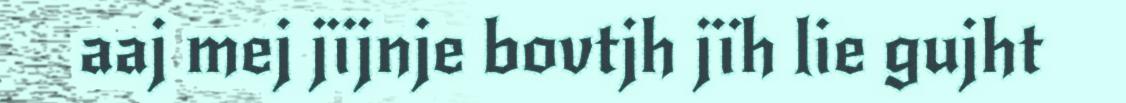
aaj mej jïjnje bovtjh jïh lie gujht